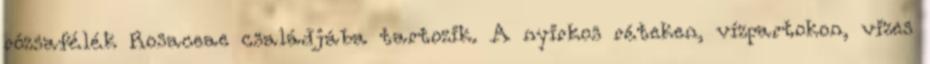
rózsafélék Rosaceae családjába tartozik. A nyirkos réteken, vízpartokon, vizes